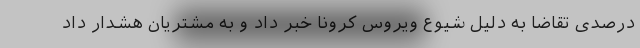
درصدی تقاضا به دلیل شیوع ویروس کرونا خبر داد و به مشتریان هشدار داد